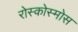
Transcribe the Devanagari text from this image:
रोस्कोस्मोस